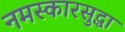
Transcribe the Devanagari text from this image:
नमस्कारसुद्धा